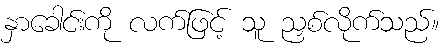
နှာခေါင်းကို လက်ဖြင့် သူ ညှစ်လိုက်သည်။